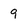
Character: 9